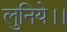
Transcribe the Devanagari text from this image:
लुनिये।।